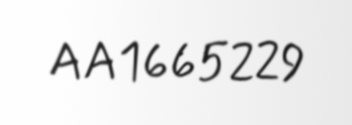
AA1665229